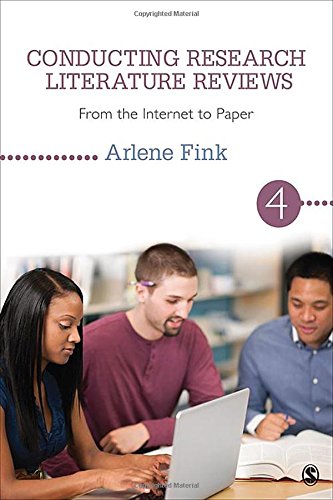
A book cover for Conducting Research Literature Reviews: From the Internet to Paper; Arlene G. Fink; Science & Math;